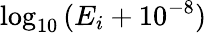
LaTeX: \log_{10}{(E_{i}+10^{-8})}